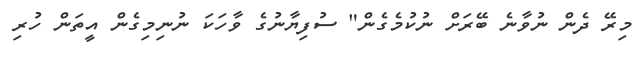
މިރޭ ދެން ނުވާނެ ބޭރަށް ނުކުމެގެން" ސުފިޔާނުގެ ވާހަކަ ނުނިމިގެން އީތަން ހުރި